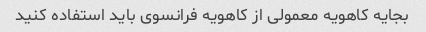
بجایه کاهویه معمولی از کاهویه فرانسوی باید استفاده کنید